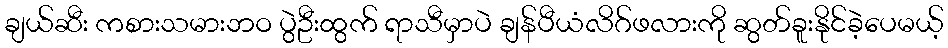
ချယ်ဆီး ကစားသမားဘဝ ပွဲဦးထွက် ရာသီမှာပဲ ချန်ပီယံလိဂ်ဖလားကို ဆွတ်ခူးနိုင်ခဲ့ပေမယ့်